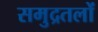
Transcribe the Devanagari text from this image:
समुद्रतलों